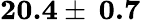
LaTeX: \textbf{20.4}\pm\: \textbf{0.7}